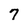
Character: 7